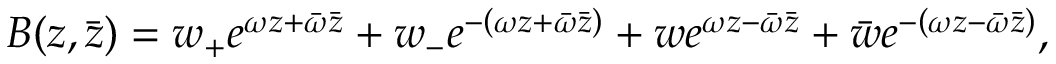
B ( z , \bar { z } ) = w _ { + } e ^ { \omega z + \bar { \omega } \bar { z } } + w _ { - } e ^ { - \left( \omega z + \bar { \omega } \bar { z } \right) } + w e ^ { \omega z - \bar { \omega } \bar { z } } + \bar { w } e ^ { - \left( \omega z - \bar { \omega } \bar { z } \right) } ,